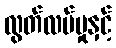
လွတ်လပ်မှုနှင့်